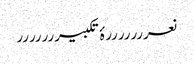
نعرررررررۂ تکبیررررررر